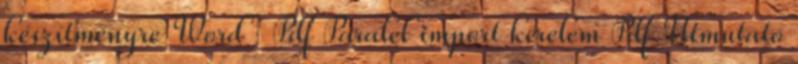
készítményre Word Pdf Paralel import kérelem Pdf Útmutató